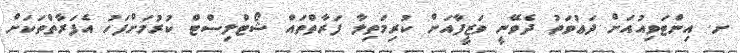
ށ. އިންޓަވިއުއަށް ދަޢުވަތު ދެވޭނީ ވަޒީފާއަށް ކުރިމަތިލާ ފަރާތްތައް ޝޯޓްލިސްޓް ކުރުމަށްފަހު އެފަރާތްތަކަށް